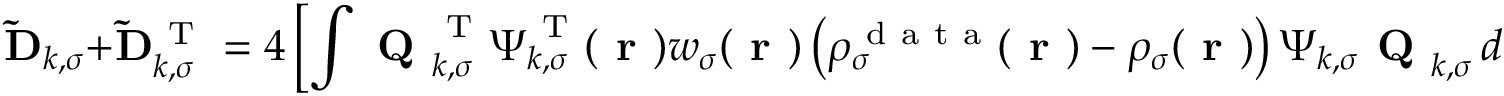
\mathbf { \widetilde { D } } _ { k , \sigma } + \mathbf { \widetilde { D } } _ { k , \sigma } ^ { \mathrm { ~ T ~ } } = 4 \left[ \int \textbf { Q } _ { k , \sigma } ^ { \mathrm { ~ T ~ } } \boldsymbol { \Psi } _ { k , \sigma } ^ { \mathrm { ~ T ~ } } ( \boldsymbol { \textbf { r } } ) w _ { \sigma } ( \boldsymbol { \textbf { r } } ) \left( \rho _ { \sigma } ^ { \mathrm { ~ d ~ a ~ t ~ a ~ } } ( \boldsymbol { \textbf { r } } ) - \rho _ { \sigma } ( \boldsymbol { \textbf { r } } ) \right) \boldsymbol { \Psi } _ { k , \sigma } \textbf { Q } _ { k , \sigma } \, d \boldsymbol { \textbf { r } } \right] f ( \mathbf { E } _ { k , \sigma } ) \, .